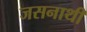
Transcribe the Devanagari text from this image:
जसनाथी